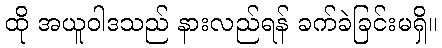
ထို အယူဝါဒသည် နားလည်ရန် ခက်ခဲခြင်းမရှိ။